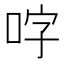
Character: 𭇬